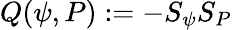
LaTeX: Q(\psi,P):=-S_{\psi}S_{P}\,